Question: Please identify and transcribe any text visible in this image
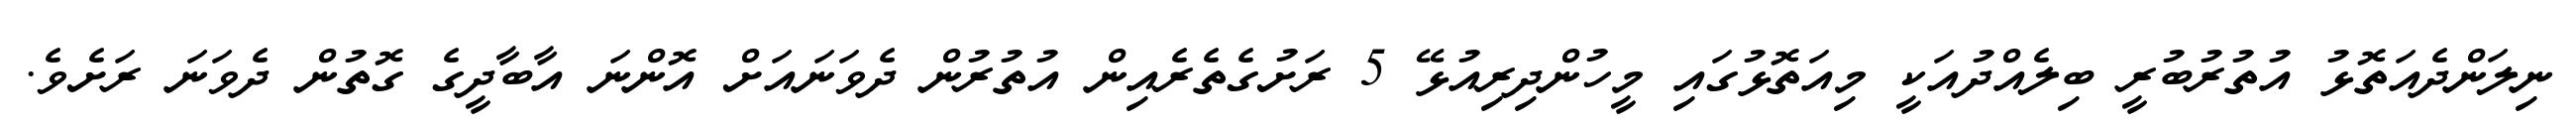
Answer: ނިލަންދެއަތޮޅު އުތުރުބުރީ ބިލެއްދުއަކީ މިއަތޮޅުގައި މީހުންދިރިއުޅޭ 5 ރަށުގެތެރެއިން އުތުރުން ދެވަނައަށް އޮންނަ އާބާދީގެ ގޮތުން ދެވަނަ ރަށެވެ.